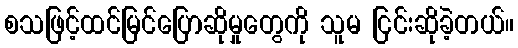
စသဖြင့်ထင်မြင်ပြောဆိုမှုတွေကို သူမ ငြင်းဆိုခဲ့တယ်။